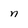
Character: n